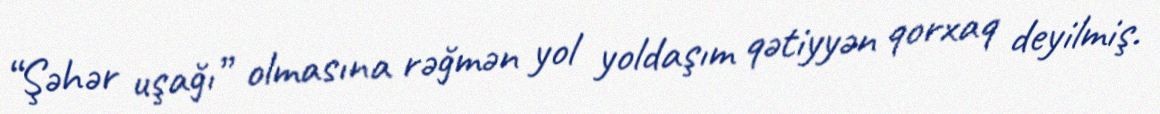
“Şəhər uşağı” olmasına rəğmən yol yoldaşım qətiyyən qorxaq deyilmiş.